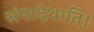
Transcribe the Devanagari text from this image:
संपादेथाति।